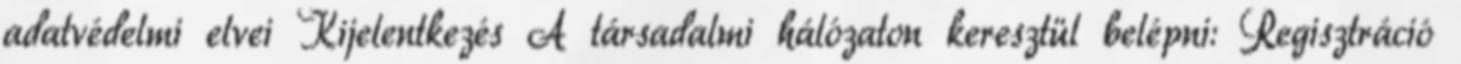
adatvédelmi elvei Kijelentkezés A társadalmi hálózaton keresztül belépni: Regisztráció